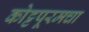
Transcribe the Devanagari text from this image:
कोट्टपूरमचा